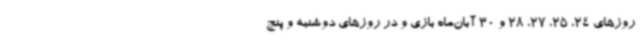
روزهای 24، 25، 27، 28 و 30 آبان‌ماه بازی و در روزهای دوشنبه و پنج